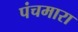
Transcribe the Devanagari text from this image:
पंचमारा